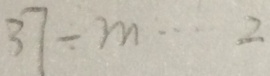
3 7 \div m \cdots 2